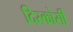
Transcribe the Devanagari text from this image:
दिस्कोर्सी